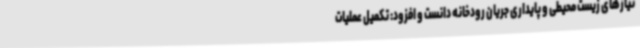
نیازهای زیست محیطی و پایداری جریان رودخانه دانست و افزود: تکمیل عملیات